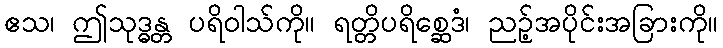
ဧသ၊ ဤသုဒ္ဓန္တ ပရိဝါသ်ကို။ ရတ္တိပရိစ္ဆေဒံ၊ ညဉ့်အပိုင်းအခြားကို။